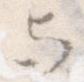
与